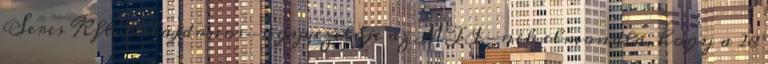
Seres Kft. tulajdonos-ügyvezetője az MTI-nek elmondta, hogy a 28